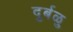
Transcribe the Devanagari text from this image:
दुर्बळु